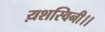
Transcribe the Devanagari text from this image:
य़शस्विनी।।